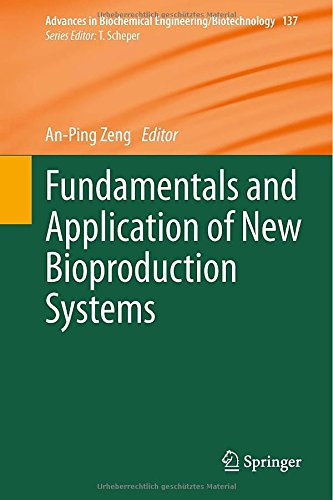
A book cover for Fundamentals and Application of New Bioproduction Systems (Advances in Biochemical Engineering/Biotechnology); Medical Books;